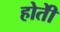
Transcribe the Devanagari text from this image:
होतेी